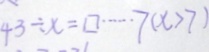
4 3 \div x = \square \cdots 7 ( x > 7 )